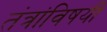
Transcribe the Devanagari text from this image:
तंत्रांविषयी